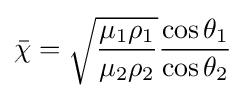
{\bar {\chi }}={\sqrt {\frac {\mu _{1}\rho _{1}}{\mu _{2}\rho _{2}}}}{\frac {\cos \theta _{1}}{\cos \theta _{2}}}